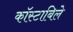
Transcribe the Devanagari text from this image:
काॅस्टाबिले